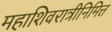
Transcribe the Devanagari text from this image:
महाशिवरात्रीनिमित्त